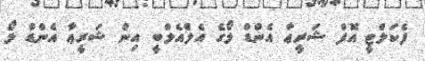
ފެކަލްޓީ އޮފް ޝަރީޢާ އެންޑް ލޯގެ އެލްއެލްބީ އިން ޝަރީޢާ އެންޑް ލޯ